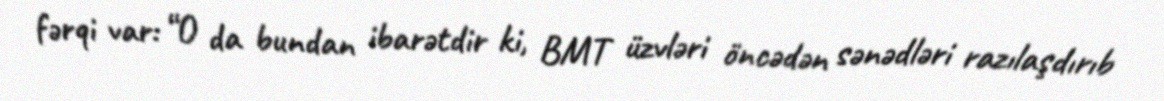
fərqi var: “O da bundan ibarətdir ki, BMT üzvləri öncədən sənədləri razılaşdırıb